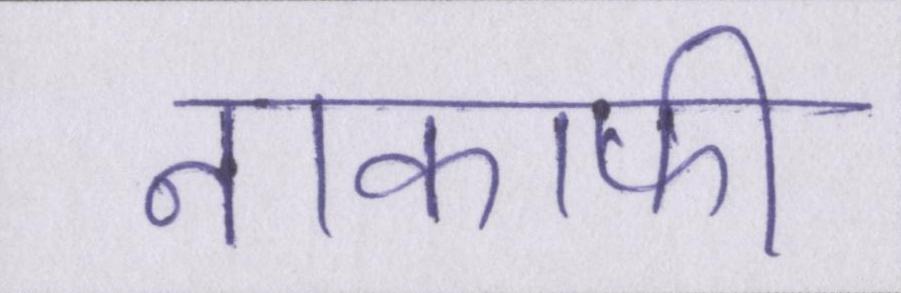
नाकाफी